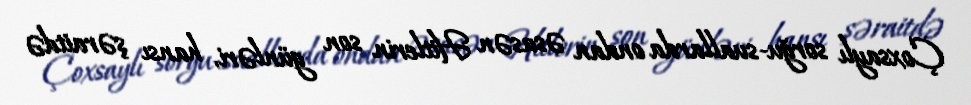
Çoxsaylı sorğu-suallarda ondan əsasən Hitlerin son günləri, hansı şəraitdə